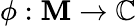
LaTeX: \phi:\mathbf{M}\to\mathbb{{C}}